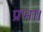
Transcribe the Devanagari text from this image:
प्रभा।